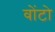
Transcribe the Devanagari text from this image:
वोंटो